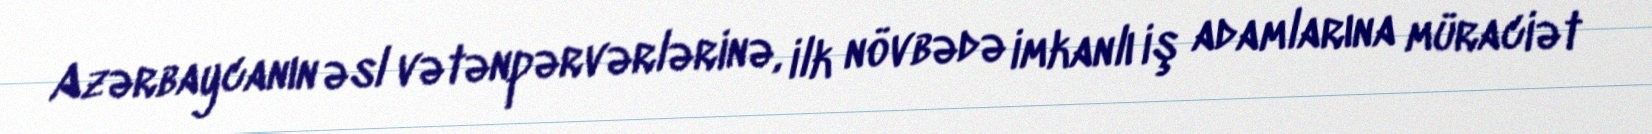
Azərbaycanın əsl vətənpərvərlərinə, ilk növbədə imkanlı iş adamlarına müraciət